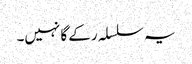
یہ سلسلہ رکے گا نہیں۔